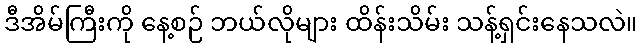
ဒီအိမ်ကြီးကို နေ့စဉ် ဘယ်လိုများ ထိန်းသိမ်း သန့်ရှင်းနေသလဲ။